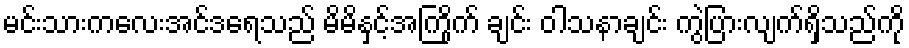
မင်းသားကလေးအင်ဒရေသည် မိမိနှင့်အကြိုက် ချင်း ဝါသနာချင်း ကွဲပြားလျက်ရှိသည်ကို